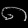
Digit: ၈